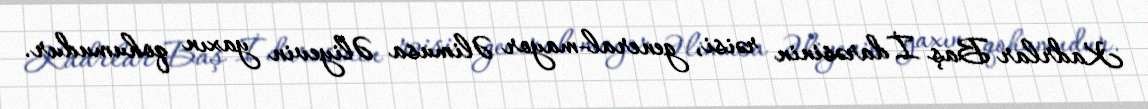
Kadrlar Baş İdarəsinin rəisi, general-mayor Əlimusa Əliyevin yaxın qohumudur.